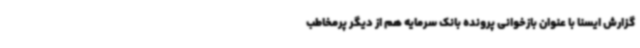
گزارش ایسنا با عنوان بازخوانی پرونده بانک سرمایه هم از دیگر پرمخاطب